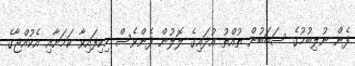
ފެން ނުލިބުމުގެ ސަބަބުން ތުއްތު އުދައިގެ ލޮލުން ފެންވެސް ހިކިފައިވާ ކަމަށާއި އެކުއްޖާގެ